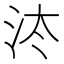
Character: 𰛔